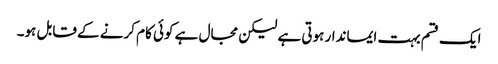
ایک قسم بہت ایماندار ہوتی ہے لیکن مجال ہے کوئی کام کرنے کے قابل ہو۔